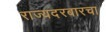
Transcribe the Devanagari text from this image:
राज्यदरबारचा